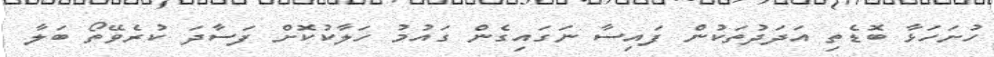
ހުށަހަޅާ ބޮޑެތި އަދަދުތަކުން ފައިސާ ނަގައިގެން ގައުމު ހަލާކުކޮށް ފަސާދަ ކުރެވޭތޯ ބަލާ